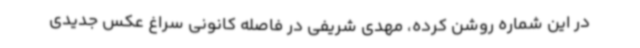
در این شماره روشن کرده، مهدی شریفی در فاصله کانونی سراغ عکس جدیدی